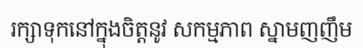
រក្សាទុកនៅក្នុងចិត្តនូវ សកម្មភាព ស្នាមញញឹម